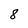
Character: 8